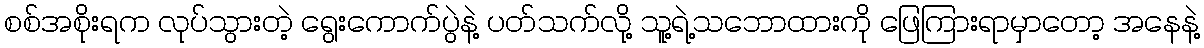
စစ်အစိုးရက လုပ်သွားတဲ့ ရွေးကောက်ပွဲနဲ့ ပတ်သက်လို့ သူ့ရဲ့သဘောထားကို ဖြေကြားရာမှာတော့ အနေနဲ့